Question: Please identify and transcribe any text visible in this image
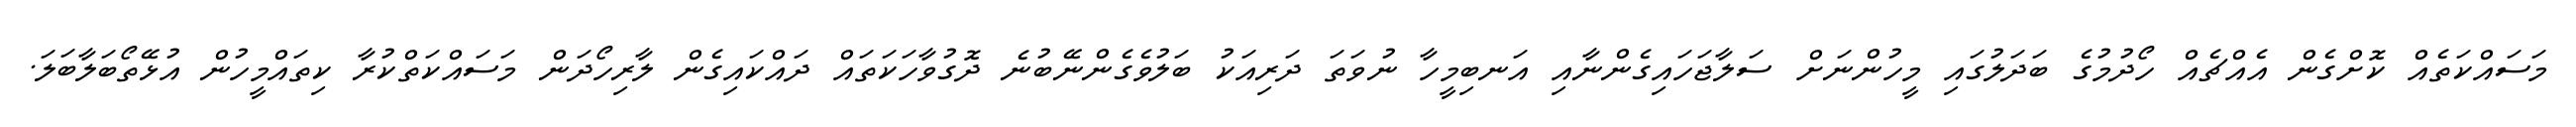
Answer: މަސައްކަތެއް ކޮށްގެން އެއްޗެއް ހޯދުމުގެ ބަދަލުގައި މީހުންނަށް ސަލާޖަހައިގެންނާއި އަނބިމީހާ ނުވަތަ ދަރިއަކު ބަލުވެގެންނޭބުނެ ދޮގުވާހަކަތައް ދައްކައިގެން ލާރިހޯދަން މަސައްކަތްކުރާ ކިތައްމީހުން އުޅޭތޯބަލާބަލަ.